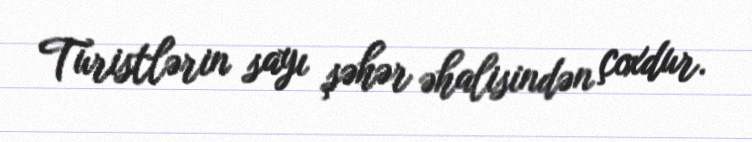
Turistlərin sayı şəhər əhalisindən çoxdur.